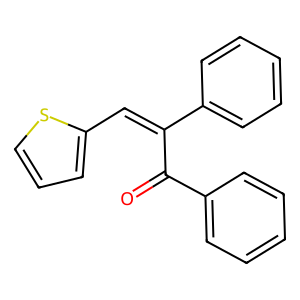
SMILES: O=C(C(=Cc1cccs1)c1ccccc1)c1ccccc1
Inhibits HIV replication: No